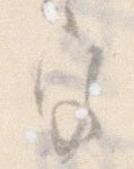
宮